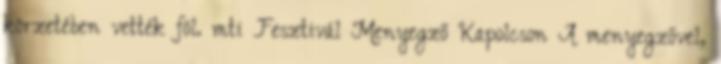
körzetében vették föl. mti Fesztivál Menyegző Kapolcson A menyegzővel,